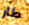
طار